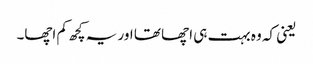
یعنی کہ وہ بہت ہی اچھا تھا اور یہ کچھ کم اچھا۔